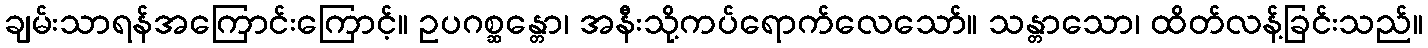
ချမ်းသာရန်အကြောင်းကြောင့်။ ဥပဂစ္ဆန္တော၊ အနီးသို့ကပ်ရောက်လေသော်။ သန္တာသော၊ ထိတ်လန့်ခြင်းသည်။